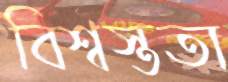
বিশ্বস্ততা